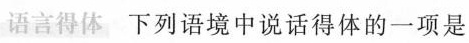
语言得体 下列语境中说话得体的一项是